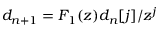
d _ { n + 1 } = F _ { 1 } ( z ) d _ { n } [ j ] / z ^ { j }